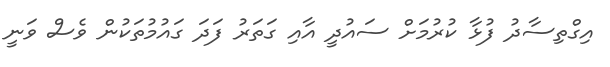
އިގްތިސާދު ފުޅާ ކުރުމަށް ސައުދީ އާއި ގަތަރު ފަދަ ގައުމުތަކުން ވެސް ވަނީ